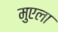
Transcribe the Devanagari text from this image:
मुएला